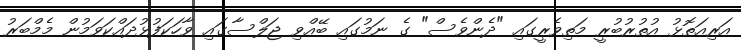
އަރިއަތޮޅު އުތުރުބުރީ މަތިވެރީގައި "ދެންވެސް" ގެ ނަމުގައި ބޭއްވި ޖަލްސާގައި ވާހަކަފުޅުދައްކަވަމުން މެމްބަރު